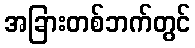
အခြားတစ်ဘက်တွင်